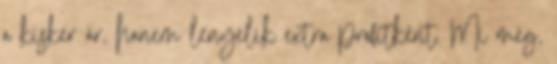
a kisker ár, hanem lenyelik extra profitként. Mi meg,